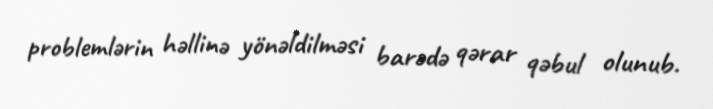
problemlərin həllinə yönəldilməsi barədə qərar qəbul olunub.